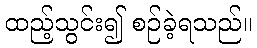
ထည့်သွင်း၍ စဉ်ခဲ့ရသည်။